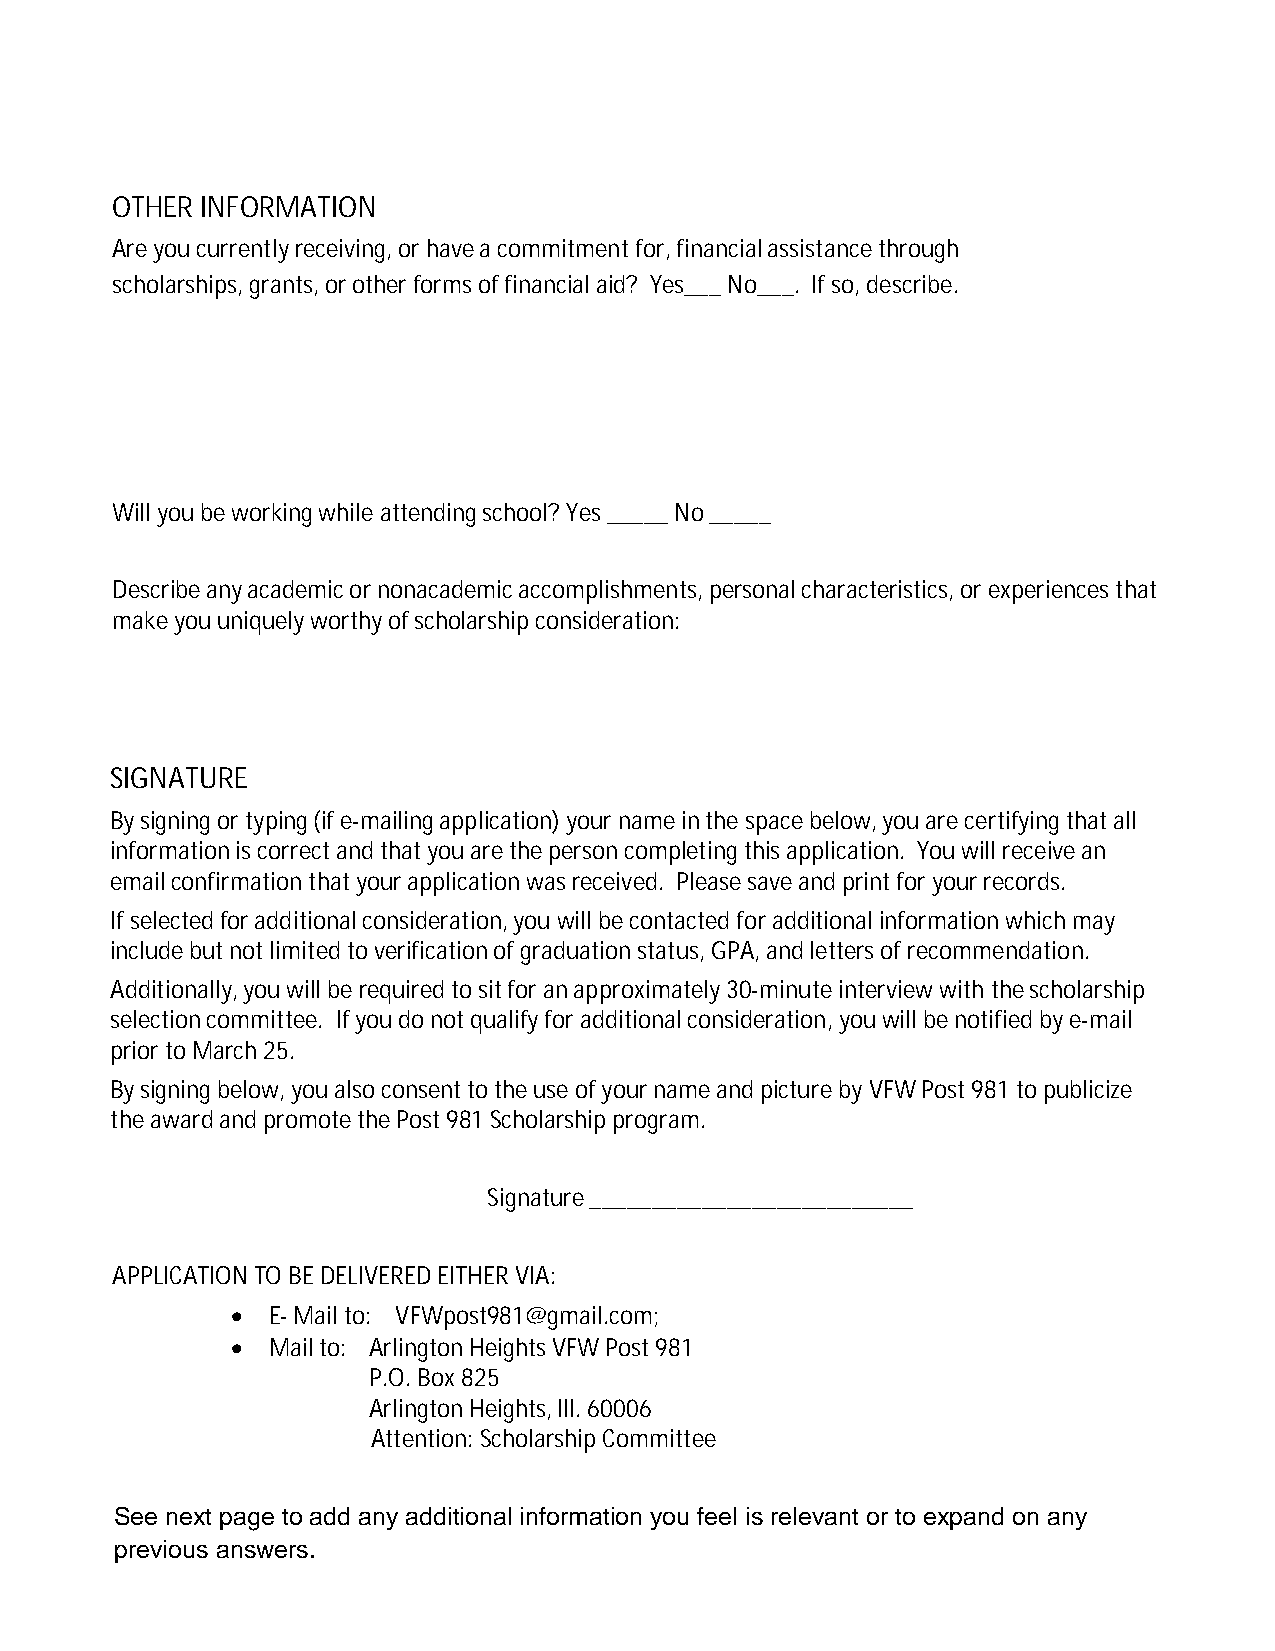
OTHER INFORMATION
 Are you currently receiving, or have a commitment for, financial assistance through
 scholarships, grants, or other forms of financial aid? Yes___ No___. If so, describe.
 Will you be working while attending school? Yes _____ No _____
 Describe any academic or nonacademic accomplishments, personal characteristics, or experiences that
 make you uniquely worthy of scholarship consideration:
 SIGNATURE
 By signing or typing (if e-mailing application) your name in the space below, you are certifying that all
 information is correct and that you are the person completing this application. You will receive an
 email confirmation that your application was received. Please save and print for your records.
 If selected for additional consideration, you will be contacted for additional information which may
 include but not limited to verification of graduation status, GPA, and letters of recommendation.
 Additionally, you will be required to sit for an approximately 30-minute interview with the scholarship
 selection committee. If you do not qualify for additional consideration, you will be notified by e-mail
 prior to March 25.
 By signing below, you also consent to the use of your name and picture by VFW Post 981 to publicize
 the award and promote the Post 981 Scholarship program.
 Signature __________________________
 APPLICATION TO BE DELIVERED EITHER VIA:
 ·  E- Mail to: VFWpost981@gmail.com;
 ·  Mail to: Arlington Heights VFW Post 981
 P.O. Box 825
 Arlington Heights, Ill. 60006
 Attention: Scholarship Committee
 See next page to add any additional information you feel is relevant or to expand on any
 previous answers.